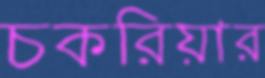
চকরিয়ার